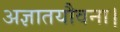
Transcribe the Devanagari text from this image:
अज्ञातयौवना।